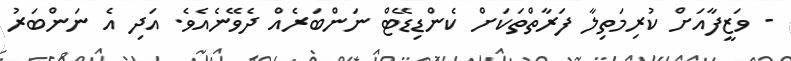
- ވަޒީފާއަށް ކުރިމަތިލާ ފަރާތްތަކަށް ކެންޑިޑޭޓް ނަންބަރެއް ދެވޭނެއެވެ. އަދި އެ ނަންބަރު